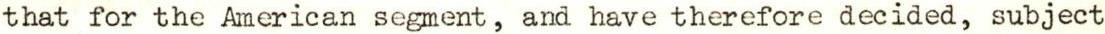
that for the American segment, and have therefore decided, subject